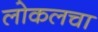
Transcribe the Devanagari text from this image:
लोकलचा